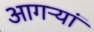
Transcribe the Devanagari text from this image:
आगऱ्यां